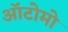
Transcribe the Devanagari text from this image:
ऑटोमो